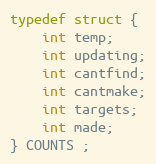
Language: C
typedef struct {
    int temp;
    int updating;
    int cantfind;
    int cantmake;
    int targets;
    int made;
} COUNTS ;